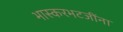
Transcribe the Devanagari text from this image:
भास्करभटजींना